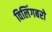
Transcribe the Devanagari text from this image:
विलिंगबरो